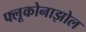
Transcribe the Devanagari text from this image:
फ्लूकोनाझोल